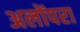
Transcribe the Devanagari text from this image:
अलोंपरा